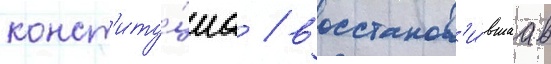
конст'иту́циа / восстанов'и́вшаа в